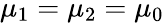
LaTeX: \mu_{1}=\mu_{2}=\mu_{0}